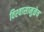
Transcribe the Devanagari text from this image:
विश्‍वासामुळेच